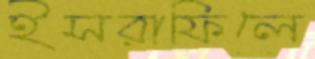
ইসরাফিলে